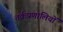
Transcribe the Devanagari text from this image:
तर्कप्रणालियों